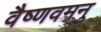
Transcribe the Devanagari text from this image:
वैष्णवमनु